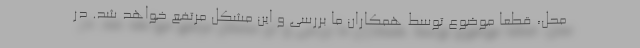
محل، قطعا موضوع توسط همکاران ما بررسی و این مشکل مرتفع خواهد شد. در